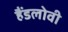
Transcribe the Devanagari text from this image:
हैंडलोवी